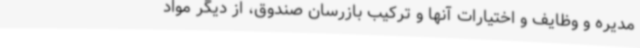
مدیره و وظایف و اختیارات آنها و ترکیب بازرسان صندوق، از دیگر مواد